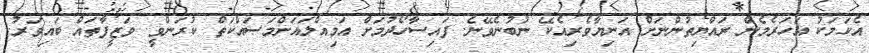
އެކަމަކު އަހަރެމެން ރައްޔިތުންނަށް އަނިޔާވެރިއެކޭ ނުބުނެވޭނެ. ފައިސާހޯދުމަށް އަމިއްލައަށްމަސައްކަތް ކުރަންވީ. ވަޒީފާތައް ބައިވަރު.